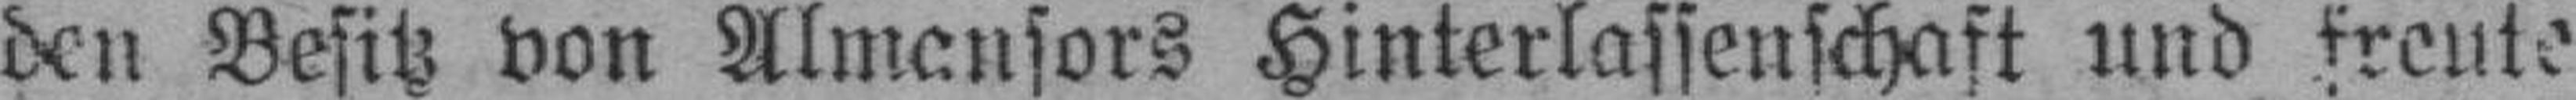
den Besitz von Almansors Hinterlassenschaft und freute